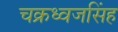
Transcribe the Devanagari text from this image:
चक्रध्वजसिंह